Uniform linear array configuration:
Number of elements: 64
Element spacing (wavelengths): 0.25
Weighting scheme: blackman
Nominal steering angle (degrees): -30
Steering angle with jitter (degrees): -28.462
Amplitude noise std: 0.05
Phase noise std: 0.05

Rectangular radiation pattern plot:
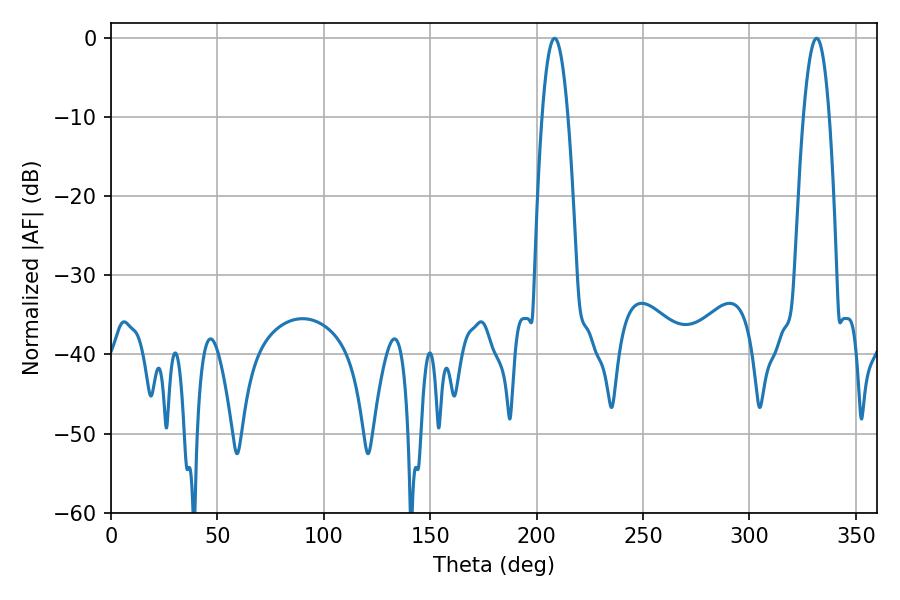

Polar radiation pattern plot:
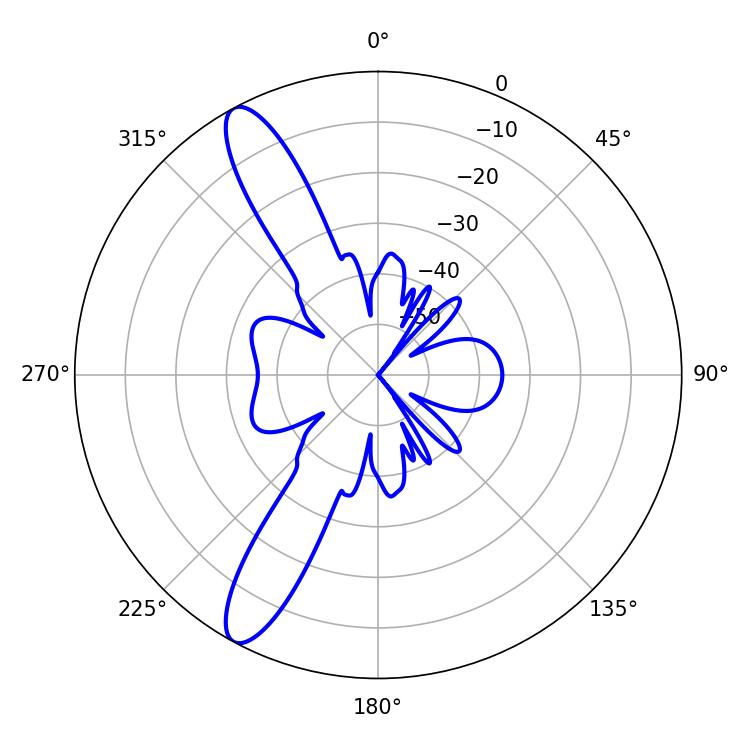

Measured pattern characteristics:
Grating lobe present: FALSE
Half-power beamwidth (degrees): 6.66
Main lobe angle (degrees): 208.44